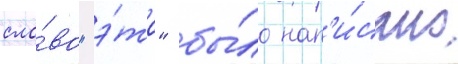
сло́во "э́то" бы́ло нап'и́сано